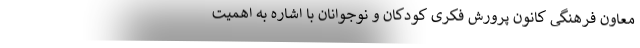
معاون فرهنگی کانون پرورش فکری کودکان و نوجوانان با اشاره به اهمیت